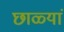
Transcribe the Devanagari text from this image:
छाळ्यां